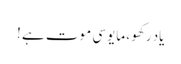
یاد رکھو ، مایوسی موت ہے ‫!